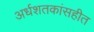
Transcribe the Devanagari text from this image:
अर्धशतकांसहीत